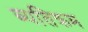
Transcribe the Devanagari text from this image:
ब्यतिक्रम